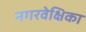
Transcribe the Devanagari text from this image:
नगरवेक्षिका